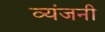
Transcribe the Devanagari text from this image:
व्यंजनी